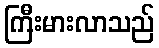
ကြီးမားလာသည်